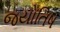
જયોતિષ